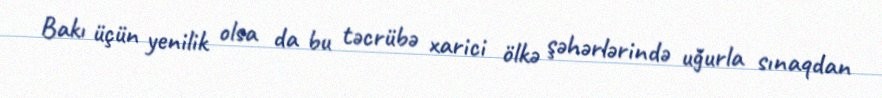
Bakı üçün yenilik olsa da bu təcrübə xarici ölkə şəhərlərində uğurla sınaqdan